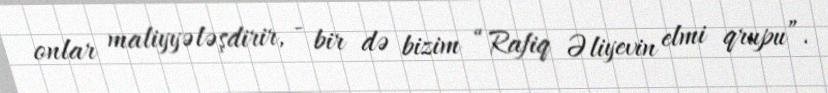
onlar maliyyələşdirir, - bir də bizim “Rafiq Əliyevin elmi qrupu”.